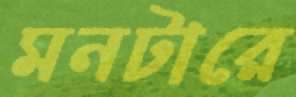
মনটারে